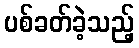
ပစ်ခတ်ခဲ့သည့်